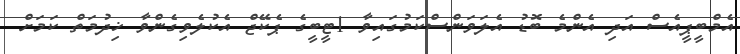
އެމްބީޕީއެސް އަދި އެންމެ ބޮޑު އެލަވަންސްކަމުގައިވާ 1ޓީބީގެ ޕެކޭޖް އެކުލެވިގެންވާ ޚިދުމަތް ކަމަށް